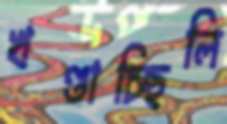
খণ্ডাচ্ছিলি